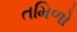
તમિળો